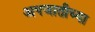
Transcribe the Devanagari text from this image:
अपजातीच्या